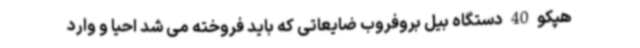
هپکو 40 دستگاه بیل بروفروب ضایعاتی که باید فروخته می شد احیا و وارد